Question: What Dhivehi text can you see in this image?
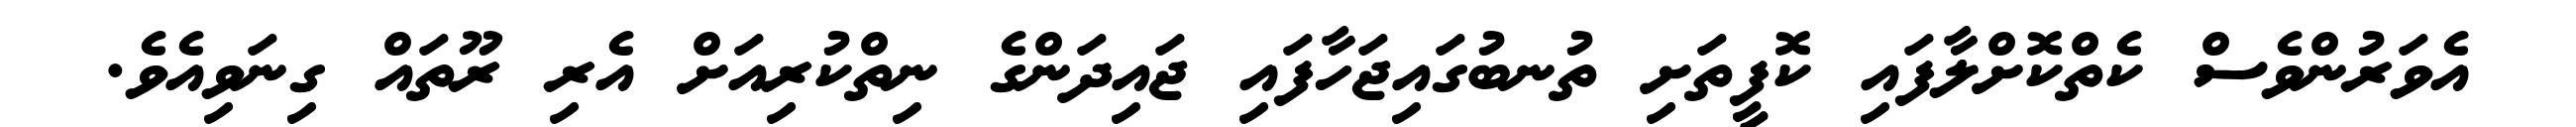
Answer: އެވަރުންވެސް ކެތްކޮށްލާފައި ކޮފީތަށި ތުނބުގައިޖަހާފައި ޖައިދަންގެ ނިތްކުރިއަށް އެރި ރޫތައް ގިނަވިއެވެ.